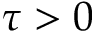
\tau > 0